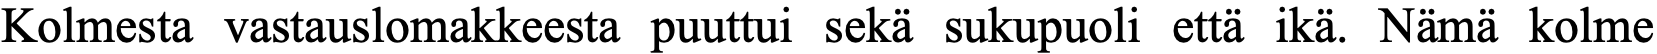
Kolmesta vastauslomakkeesta puuttui sekä sukupuoli että ikä. Nämä kolme